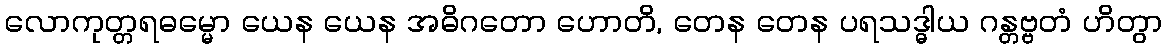
လောကုတ္တရဓမ္မော ယေန ယေန အဓိဂတော ဟောတိ, တေန တေန ပရသဒ္ဓါယ ဂန္တဗ္ဗတံ ဟိတွာ